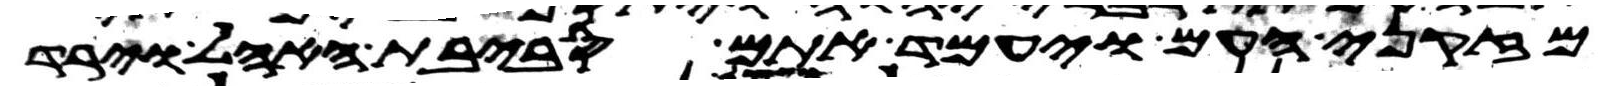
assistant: מזקני העם ויעמד אתם סביבת האהל וירד